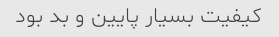
کیفیت بسیار پایین و بد بود